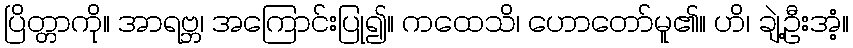
ပြိတ္တာကို။ အာရဗ္ဘ၊ အကြောင်းပြု၍။ ကထေသိ၊ ဟောတော်မူ၏။ ဟိ၊ ချဲ့ဦးအံ့။